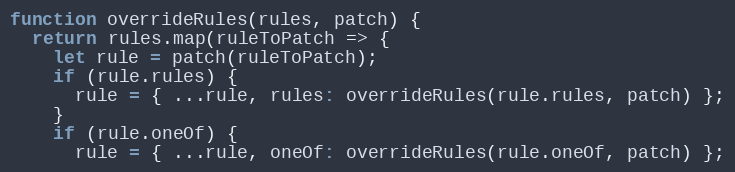
Language: JavaScript
function overrideRules(rules, patch) {
  return rules.map(ruleToPatch => {
    let rule = patch(ruleToPatch);
    if (rule.rules) {
      rule = { ...rule, rules: overrideRules(rule.rules, patch) };
    }
    if (rule.oneOf) {
      rule = { ...rule, oneOf: overrideRules(rule.oneOf, patch) };